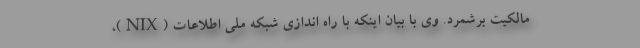
مالکیت برشمرد. وی با بیان اینکه با راه اندازی شبکه ملی اطلاعات (NIX)،